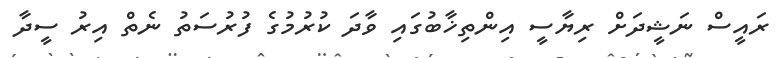
ރައީސް ނަޝީދަށް ރިޔާސީ އިންތިޚާބުގައި ވާދަ ކުރުމުގެ ފުރުސަތު ނެތް އިރު ސީދާ